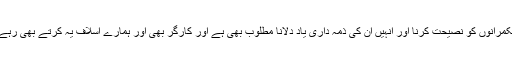
ہاں حکمرانوں کو نصیحت کرنا اور انہیں ان کی ذمہ داری یاد دلانا مطلوب بھی ہے اور کارگر بھی اور ہمارے اسلاف یہ کرتے بھی رہے ہیں ۔